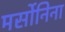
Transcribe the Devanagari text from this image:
मर्सोनिना